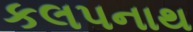
કલપનાથ